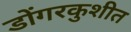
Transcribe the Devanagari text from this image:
डोंगरकुशीत